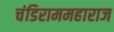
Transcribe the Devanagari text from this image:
चंडिराममहाराज